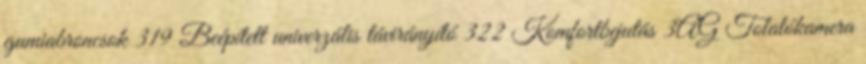
gumiabroncsok 319 Beépített univerzális távirányító 322 Komfortbejutás 3AG Tolatókamera